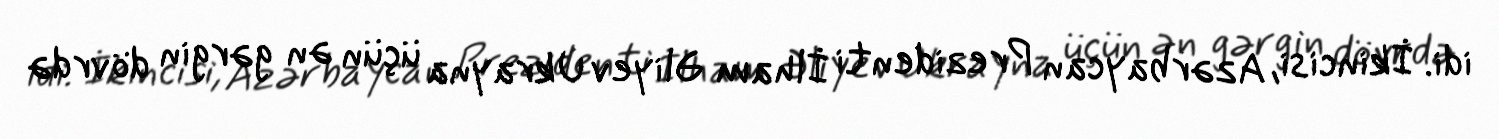
idi. İkincisi, Azərbaycan Prezidenti İlham Əliyev Ukrayna üçün ən gərgin dövrdə